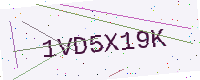
Text: 1VD5X19K